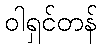
ဝါရှင်တန်